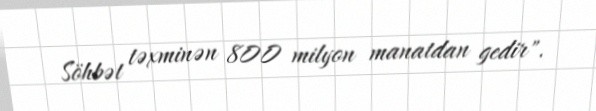
Söhbət təxminən 800 milyon manatdan gedir".